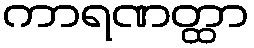
ကာရဏတ္ထာ